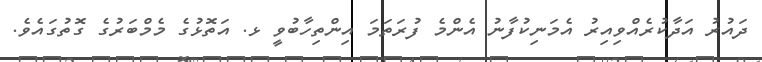
ދައުރު އަދާކުރެއްވިއިރު އެމަނިކުފާނު އެންމެ ފުރަަތަމަ އިންތިހާބުވީ ޅ. އަތޮޅުގެ މެމްބަރުގެ ގޮތުގައެވެ.